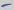
Text: -